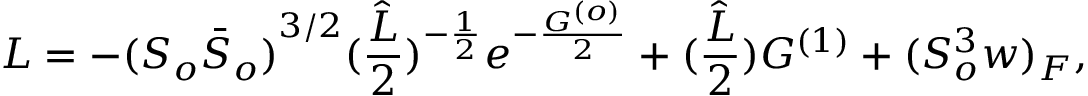
{ \cal L } = - { ( S _ { o } { \bar { S } } _ { o } ) } ^ { 3 / 2 } ( \frac { \hat { L } } { 2 } ) ^ { - \frac { 1 } { 2 } } e ^ { - \frac { G ^ { ( o ) } } { 2 } } + ( \frac { \hat { L } } { 2 } ) G ^ { ( 1 ) } + { ( S _ { o } ^ { 3 } w ) _ { F } } ,